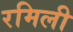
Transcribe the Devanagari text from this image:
रमिली